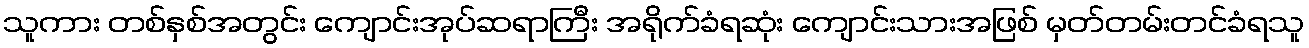
သူကား တစ်နှစ်အတွင်း ကျောင်းအုပ်ဆရာကြီး အရိုက်ခံရဆုံး ကျောင်းသားအဖြစ် မှတ်တမ်းတင်ခံရသူ